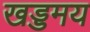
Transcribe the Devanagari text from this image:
खड्डमय